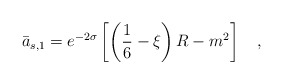
\begin{align*}\bar{a}_{s,1}=e^{-2\sigma}\left[\left(\frac 16-\xi\right) R-m^2\right]~~~,\end{align*}